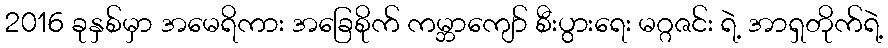
2016 ခုနှစ်မှာ အမေရိကား အခြေစိုက် ကမ္ဘာကျော် စီးပွားရေး မဂ္ဂဇင်း ရဲ့ အာရှတိုက်ရဲ့